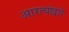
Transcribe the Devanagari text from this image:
आरत्यांद्वारे